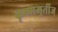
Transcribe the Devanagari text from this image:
कृष्णमूर्तीज्‌